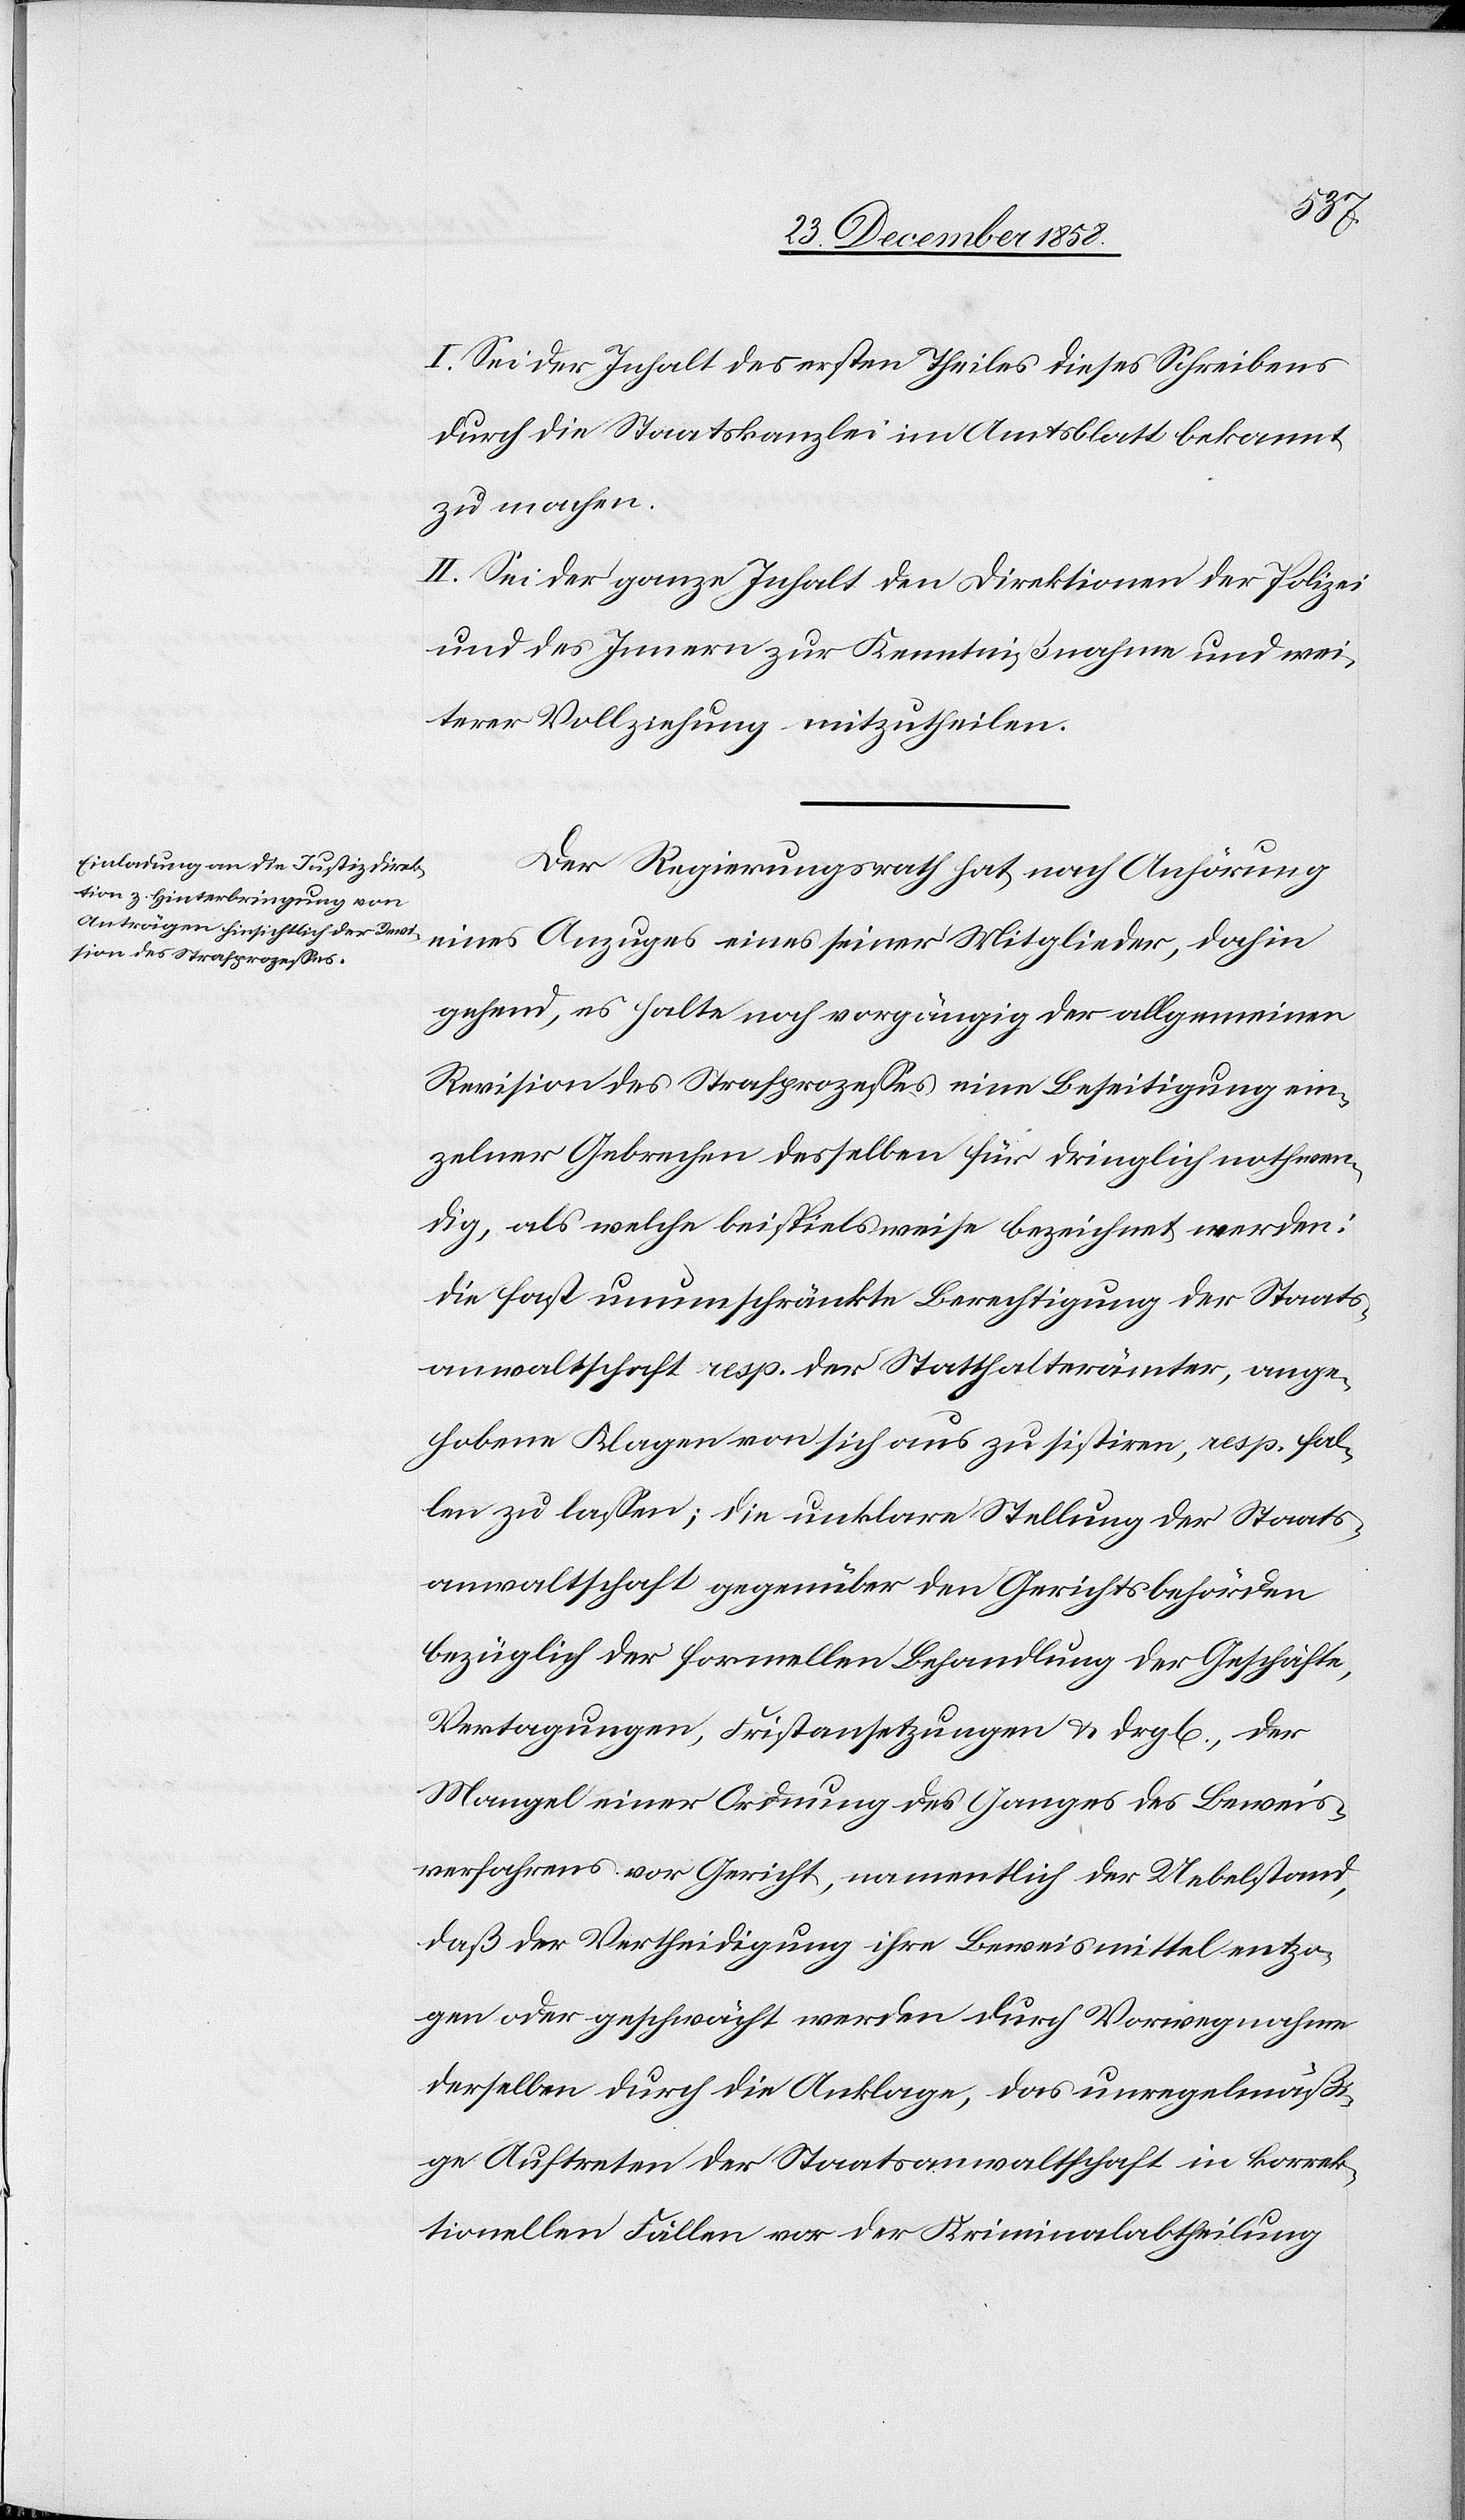
1. d.